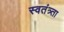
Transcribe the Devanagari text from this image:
स्वतंत्र्ता